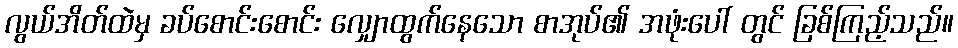
လွယ်အိတ်ထဲမှ ခပ်စောင်းစောင်း လျှောထွက်နေသော စာအုပ်၏ အဖုံးပေါ် တွင် ခြစ်ကြည့်သည်။